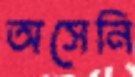
অসেনি